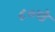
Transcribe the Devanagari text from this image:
८०चे